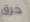
خرق